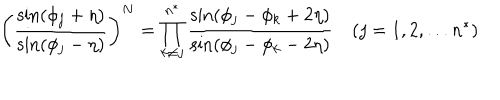
LaTeX: \biggl ( \frac { \sin ( \phi _ { j } + \eta ) } { \sin ( \phi _ { j } - \eta ) } \biggr ) ^ { N } = \prod _ { k \ne j } ^ { n ^ { \ast } } \frac { \sin ( \phi _ { j } - \phi _ { k } + 2 \eta ) } { \sin ( \phi _ { j } - \phi _ { k } - 2 \eta ) } \quad ( j = 1 , 2 , \ldots n ^ { \ast } )